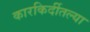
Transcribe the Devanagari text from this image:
कारकिर्दीतल्या